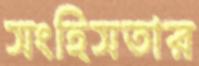
সংহিসতার